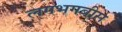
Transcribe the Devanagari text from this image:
लगभगबीस